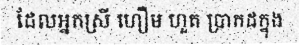
ដែលអ្នកស្រី ហឿម ហួត ប្រាកដក្នុង